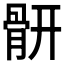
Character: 𩩄